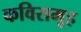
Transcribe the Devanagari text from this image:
कविसमूह